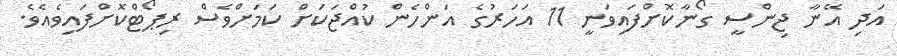
އަދި އޭނާ ޖިންސީ ގޯނާކޮށްފައިވަނީ 11 އަހަރުގެ އަންހެން ކުއްޖަކަށް ކަަމަށްވެސް ރިޕޯޓްކޮށްފައިވެއެވެ.